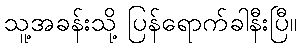
သူ့အခန်းသို့ ပြန်ရောက်ခါနီးပြီ။